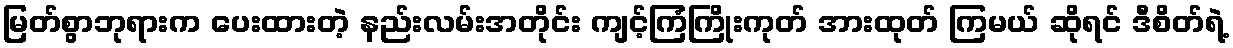
မြတ်စွာဘုရားက ပေးထားတဲ့ နည်းလမ်းအတိုင်း ကျင့်ကြံကြိုးကုတ် အားထုတ် ကြမယ် ဆိုရင် ဒီစိတ်ရဲ့